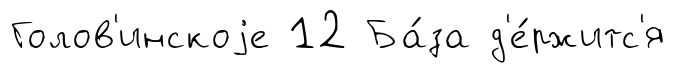
Голов'инскоjе 12 Ба́за д'е́ржитс'я